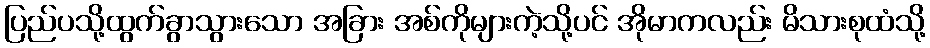
ပြည်ပသို့ထွက်ခွာသွားသော အခြား အစ်ကိုများကဲ့သို့ပင် အိုမာကလည်း မိသားစုထံသို့